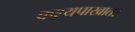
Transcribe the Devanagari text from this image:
कश्यपाखातर